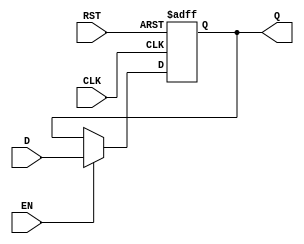
module OutputRegister #(
    parameter WIDTH = 8  // Parameter to define the bit-width of the register
)(
    input wire [WIDTH-1:0] D,    // Data input
    input wire CLK,               // Clock signal
    input wire RST,               // Reset signal
    input wire EN,                // Enable signal
    output reg [WIDTH-1:0] Q      // Data output
);

// Asynchronous Reset Implementation
always @(posedge CLK or posedge RST) begin
    if (RST) begin
        Q <= {WIDTH{1'b0}};        // Reset Q to 0 (WIDTH bits)
    end else if (EN) begin
        Q <= D;                    // Capture D on rising edge of CLK if EN is asserted
    end
    // If EN is not asserted, Q retains its previous value
end

endmodule